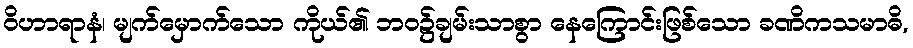
ဝိဟာရာနံ၊ မျက်မှောက်သော ကိုယ်၏ ဘဝ၌ချမ်းသာစွာ နေကြောင်းဖြစ်သော ခဏိကသမာဓိ,